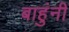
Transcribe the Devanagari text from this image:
बाहुंनी